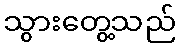
သွားတွေ့သည်